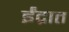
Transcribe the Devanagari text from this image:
ईंद्रात